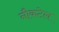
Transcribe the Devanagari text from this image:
नौकटेल